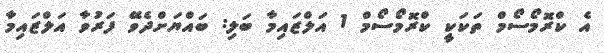
އެ ކްރޮމޯސޯމް ތަކަކީ ކްރޮމޯސޯމް 1 އަލްޒައިމާ ބަލި: ބައްޔަށްދެވޭ ފަރުވާ އަލްޒައިމާ